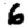
Digit: 6